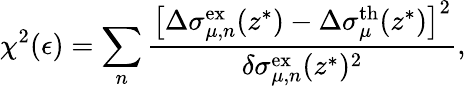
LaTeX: \chi^{2}(\epsilon)=\sum_{n}\frac{\left[\Delta\sigma_{\mu,n}^{\mathrm{ex}}(z^{*})-\Delta\sigma_{\mu}^{\mathrm{th}}(z^{*})\right]^{2}}{\delta\sigma_{\mu,n}^{\mathrm{ex}}(z^{*})^{2}},